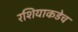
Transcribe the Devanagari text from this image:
रशियाकडेच